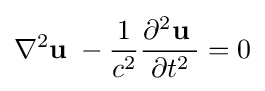
\nabla ^{2}\mathbf {u} \;-{1 \over c^{2}}{\partial ^{2}\mathbf {u} \; \over \partial t^{2}}=0